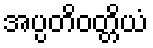
အပ္ပတိဝတ္တိယံ